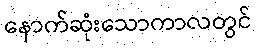
နောက်ဆုံးသောကာလတွင်